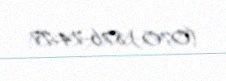
(070) 876-74-77